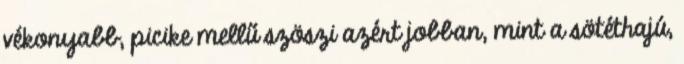
vékonyabb, picike mellű szöszi azért jobban, mint a sötéthajú,